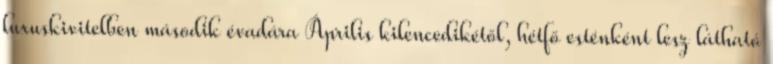
luxuskivitelben második évadára Április kilencedikétől, hétfő esténként lesz látható